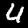
Digit: 4